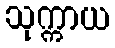
သုက္ကာယ